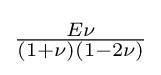
{\tfrac {E\nu }{(1+\nu )(1-2\nu )}}